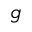
g